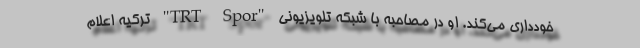
خودداری می‌کند. او در مصاحبه با شبکه تلویزیونی "TRT Spor" ترکیه اعلام